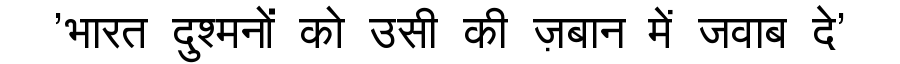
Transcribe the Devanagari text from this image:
'भारत दुश्मनों को उसी की ज़बान में जवाब दे'